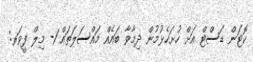
ކޮޓަން ޑަސްޓް އަށް ހުށަހެޅުމުން ދިމާވާ ބައެއް މައްސަލަތައް 1- މިލް ފީވަރ: